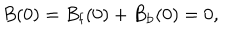
B ( 0 ) = B _ { \mathrm { f } } ( 0 ) + B _ { \mathrm { b } } ( 0 ) = 0 ,